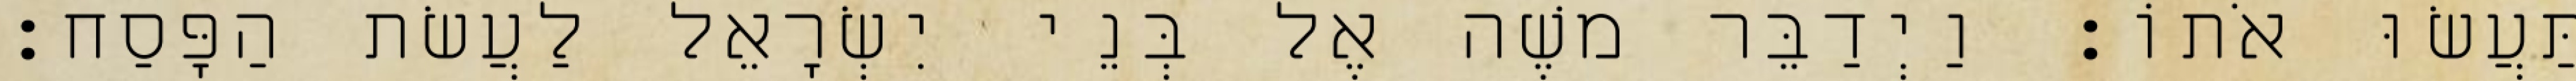
תַּעֲשׂוּ אֹתוֹ׃ וַיְדַבֵּר משֶׁה אֶל בְּנֵי יִשְׂרָאֵל לַעֲשׂת הַפָּסַח׃